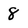
Character: 8